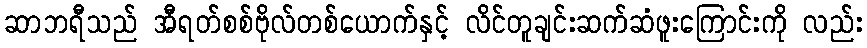
ဆာဘရီသည် အီရတ်စစ်ဗိုလ်တစ်ယောက်နှင့် လိင်တူချင်းဆက်ဆံဖူးကြောင်းကို လည်း